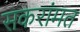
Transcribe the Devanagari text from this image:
सकरांमत